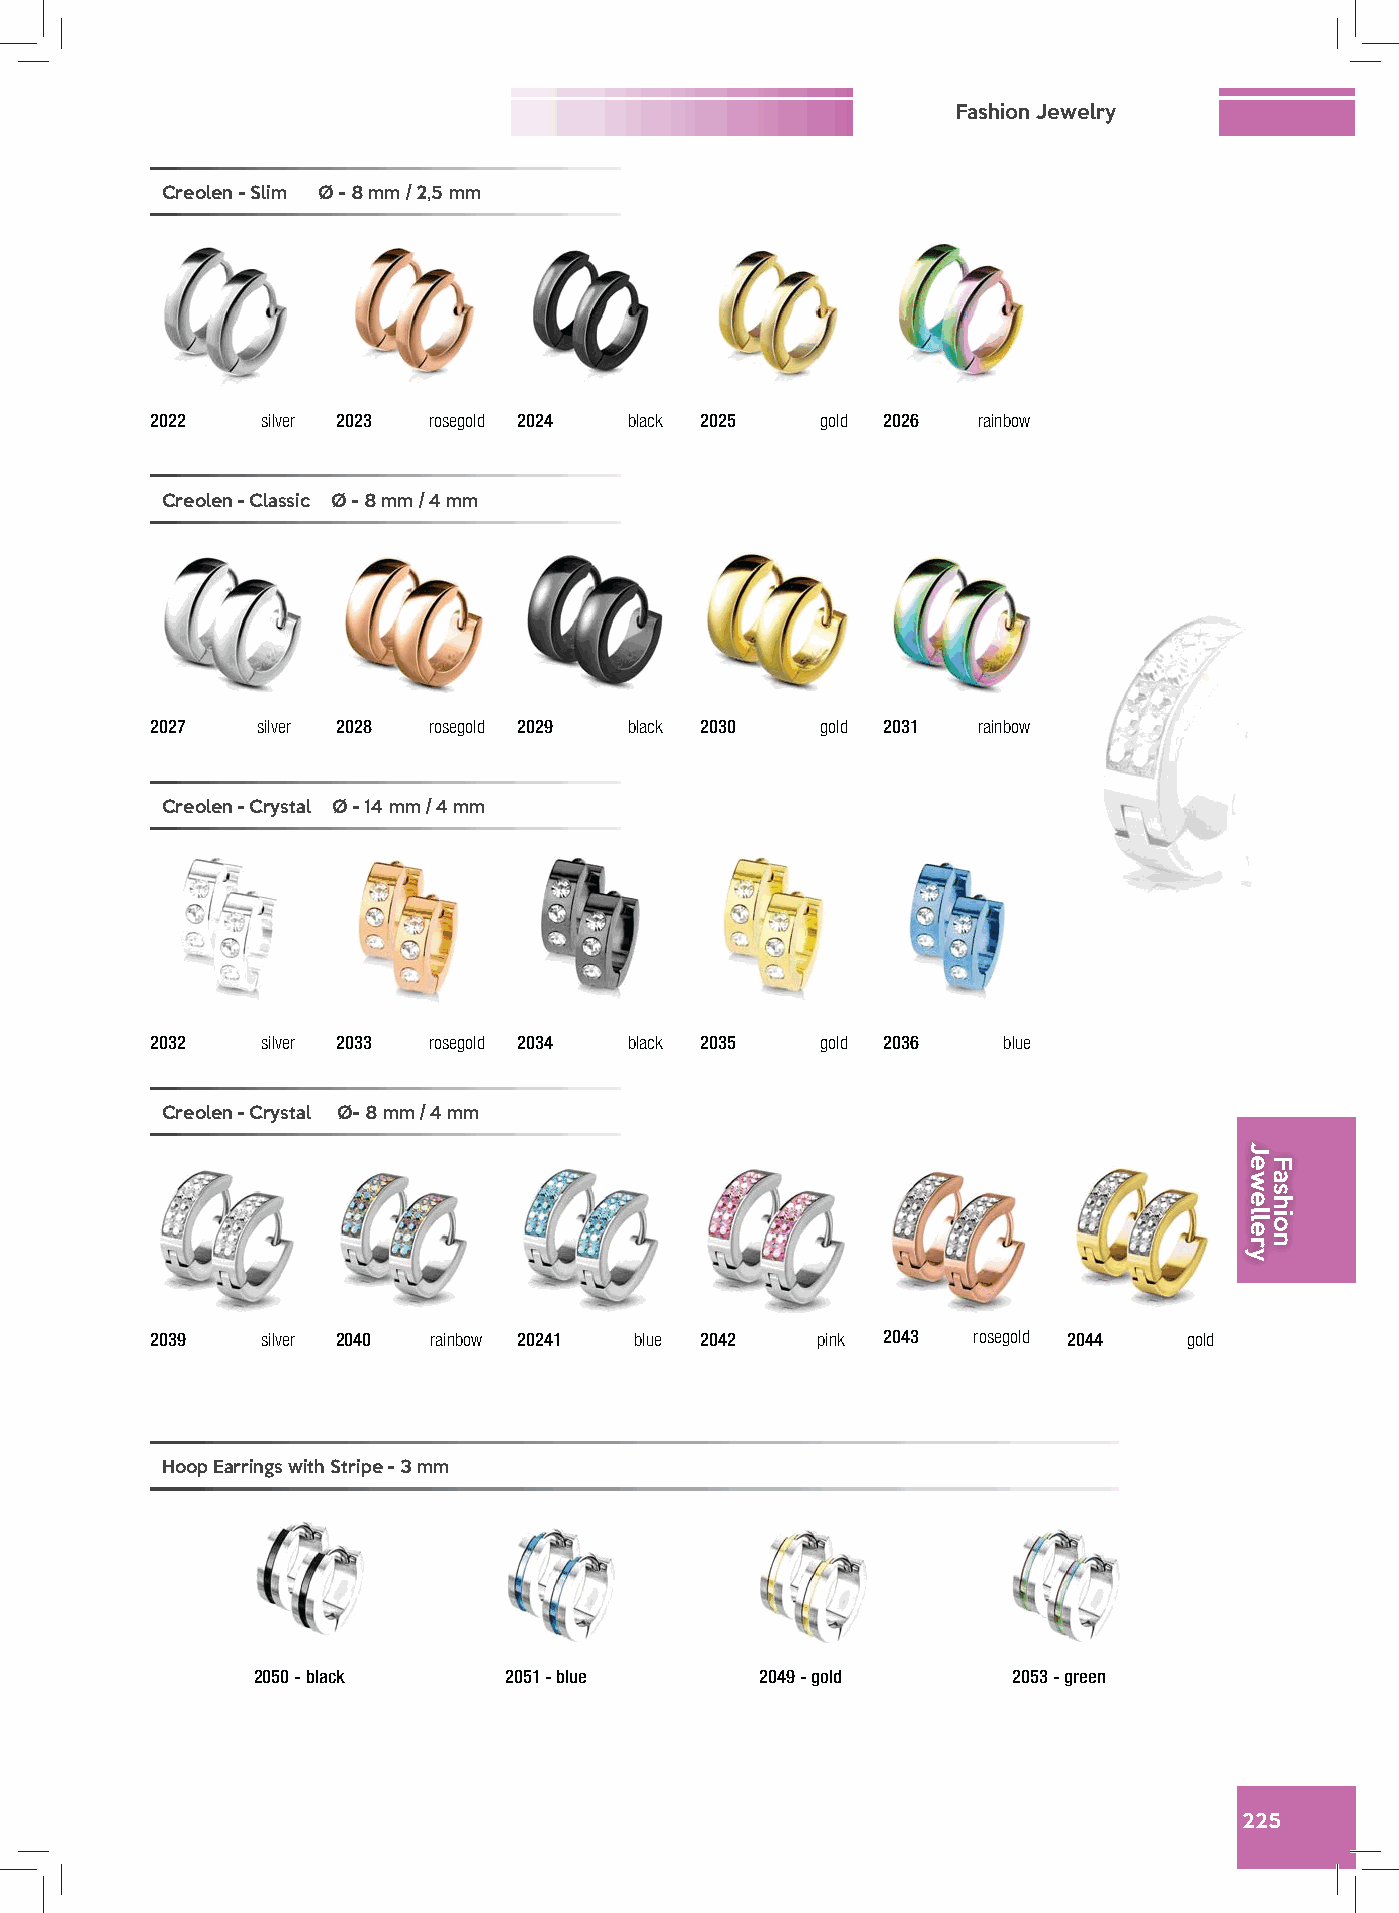
Fashion Jewelry
 Creolen - Slim Ø - 8 mm / 2,5 mm
 2022   silver 2023 rosegold 2024 black 2025 gold 2026  rainbow
 Creolen - Classic Ø - 8 mm / 4 mm
 2027   silver 2028 rosegold 2029 black 2030 gold 2031  rainbow
 Creolen - Crystal Ø - 14 mm / 4 mm
 2032   silver 2033 rosegold 2034 black 2035 gold 2036   blue
 Creolen - Crystal Ø- 8 mm / 4 mm
 2039   silver 2040 rainbow 20241 blue 2042  pink 2043 rosegold 2044  gold
 Hoop Earrings with Stripe - 3 mm
 2050 - black    2051 - blue      2049 - gold      2053 - green
 225
 Jewellery
 Fashion